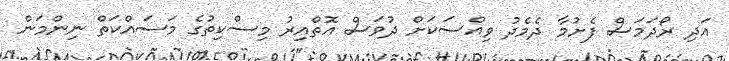
އަދި ރޯދަމަސް ފެށުމާ ދެމެދު ވިއްސަކަށް ދުވަސް އޮތްއިރު މިސްކިތުގެ މަސައްކަތް ނިންމަން